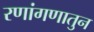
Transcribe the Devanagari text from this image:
रणांगणातुन